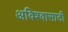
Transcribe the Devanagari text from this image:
अविश्‍वासाठी